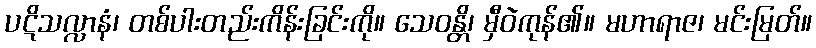
ပဋိသလ္လာနံ၊ တစ်ပါးတည်းကိန်းခြင်းကို။ သေဝန္တိ၊ မှီဝဲကုန်၏။ မဟာရာဇ၊ မင်းမြတ်။